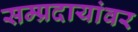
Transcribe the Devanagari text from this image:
सम्प्रदायांवर